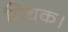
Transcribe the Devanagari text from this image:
मिथक।